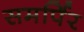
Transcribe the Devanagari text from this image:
समर्पिर